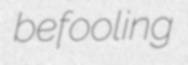
befooling